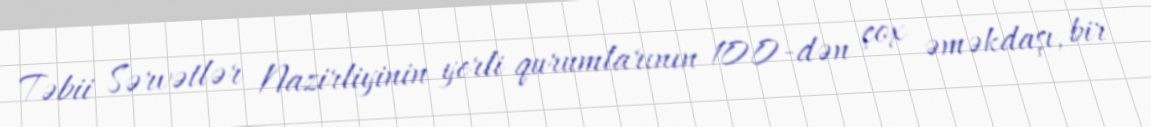
Təbii Sərvətlər Nazirliyinin yerli qurumlarının 100-dən çox əməkdaşı, bir